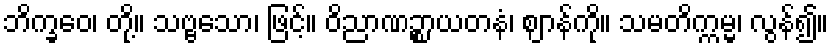
ဘိက္ခဝေ၊ တို့။ သဗ္ဗသော၊ ဖြင့်။ ဝိညာဏဉ္စာယတနံ၊ ဈာန်ကို။ သမတိက္ကမ္မ၊ လွန်၍။